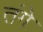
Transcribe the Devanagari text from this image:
तंगे